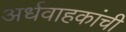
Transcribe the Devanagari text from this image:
अर्धवाहकांची